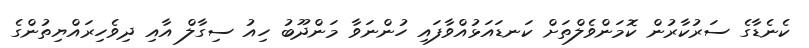
ކެނެޑާގެ ސަރުކާރުން ކޮމަންވެލްތަށް ކަނޑައަޅުއްވާފައި ހުންނަވާ މަންދޫބު ހިއު ސިގާލް އާއި ދިވެހިރައްޔިތުންގެ